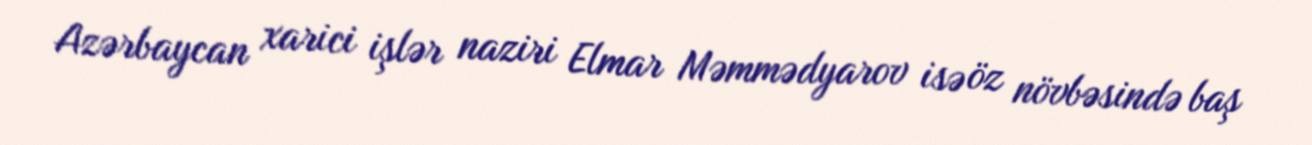
Azərbaycan xarici işlər naziri Elmar Məmmədyarov isə öz növbəsində baş